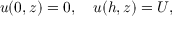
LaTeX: u ( 0 , z ) = 0 , \quad u ( h , z ) = U ,